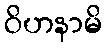
ဝိဟနာမိ